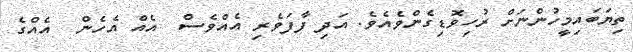
ތިޔަބައިމީހުންނަށް ރުހިވޮޑިގެންވެއެވެ. އަދި ފާފަވެރި އެއްވެސް  އެއް އެހެން  އެއްގެ